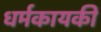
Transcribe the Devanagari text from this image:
धर्मकायकी